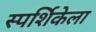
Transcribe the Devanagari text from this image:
स्पर्शिकेला